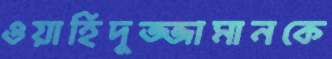
ওয়াহিদুজ্জামানকে